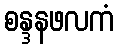
စန္ဒနဖလကံ